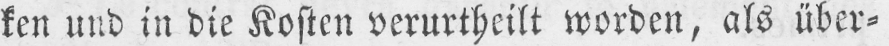
ken und in die Kosten verurtheilt worden, als über⸗